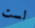
لست